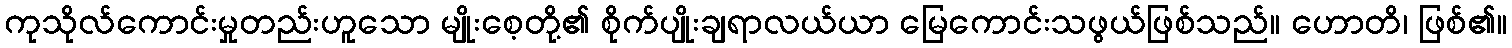
ကုသိုလ်ကောင်းမှုတည်းဟူသော မျိုးစေ့တို့၏ စိုက်ပျိုးချရာလယ်ယာ မြေကောင်းသဖွယ်ဖြစ်သည်။ ဟောတိ၊ ဖြစ်၏။